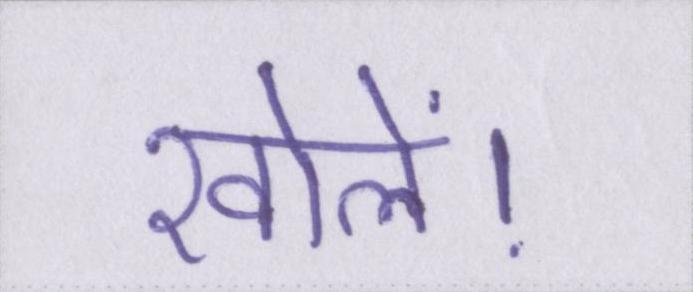
खोलें।